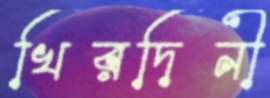
খিরদিনী